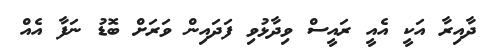
ދާއިރާ އަކީ އެއީ ރައީސް ވިދާޅުވި ފަދައިން ވަރަށް ބޮޑު ނަފާ އެއް